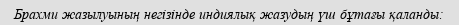
Брахми жазылуының негізінде индиялық жазудың үш бұтағы қаланды: